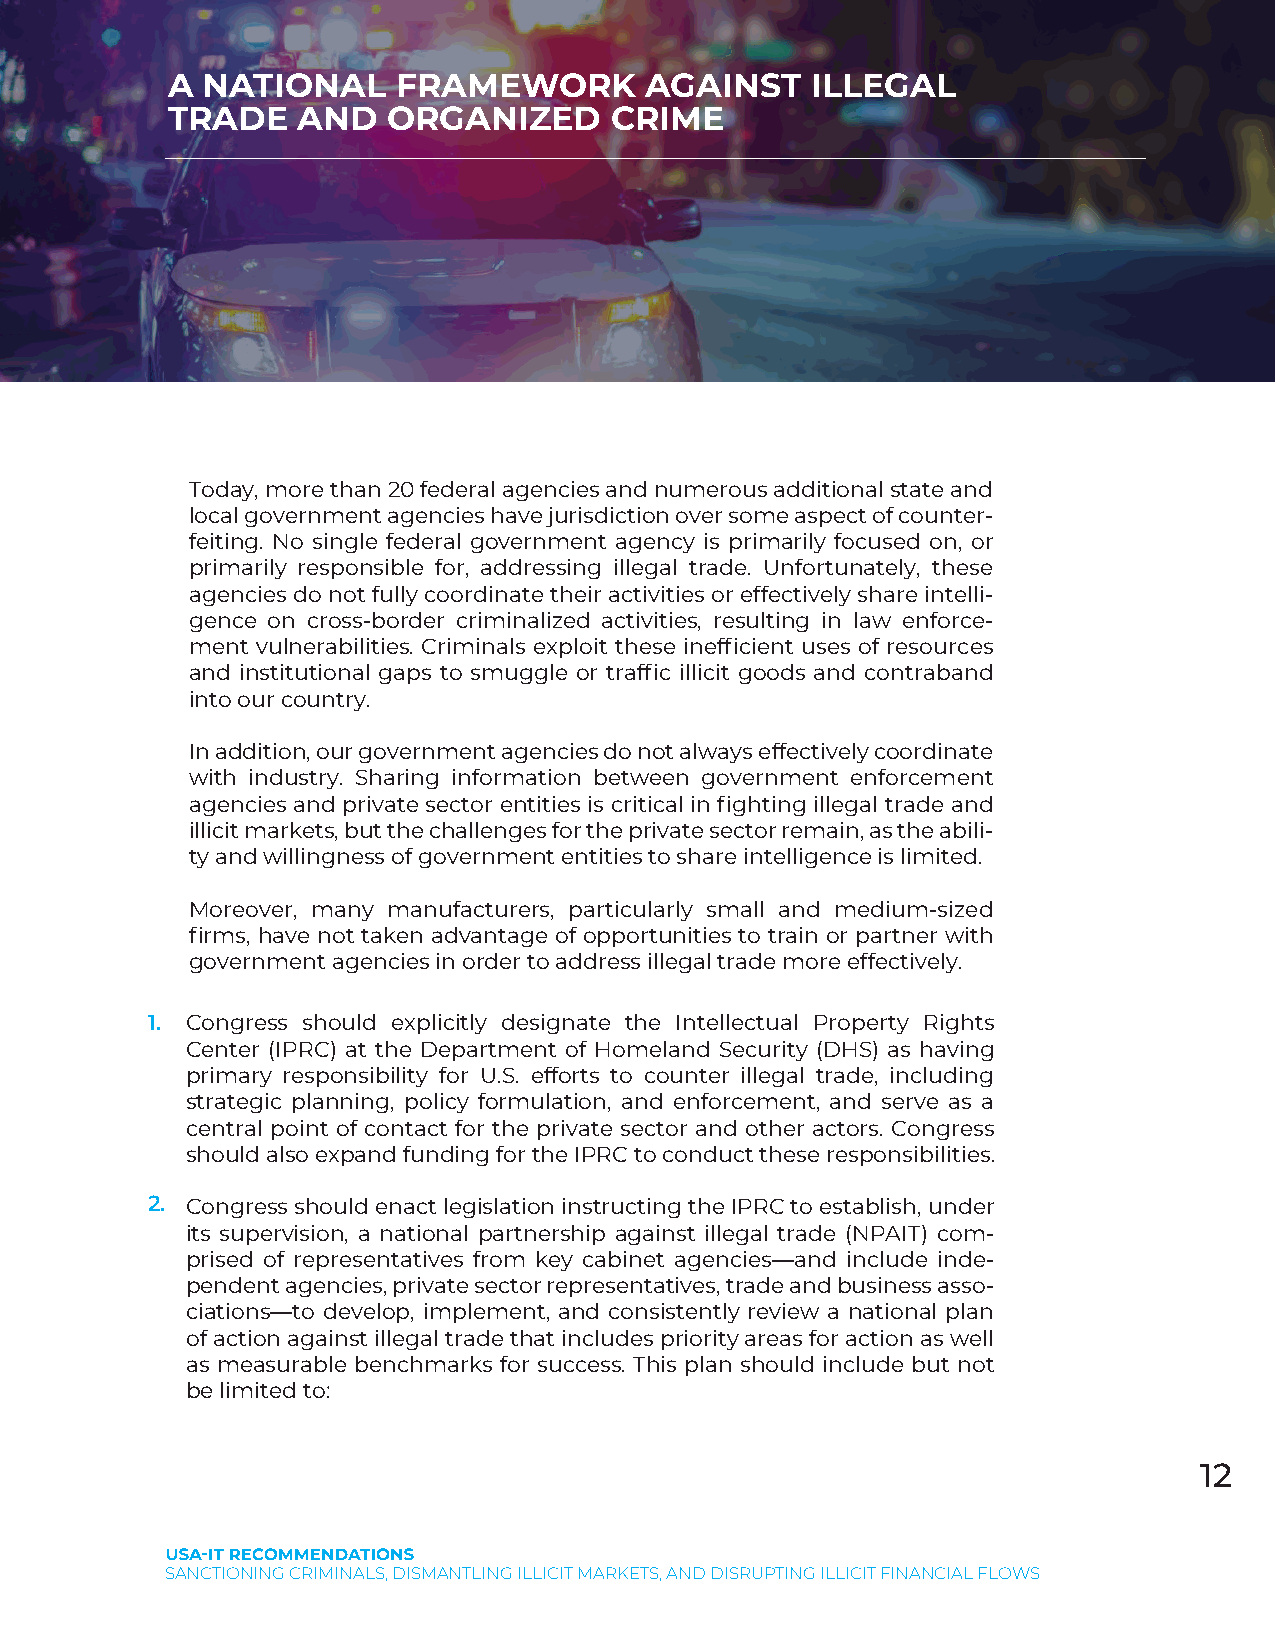
A NATIONAL     FRAMEWORK        AGAINST    ILLEGAL
 TRADE    AND   ORGANIZED     CRIME
 Today, more than 20 federal agencies and numerous additional state and
 local government agencies have jurisdiction over some aspect of counter-
 feiting. No single federal government agency is primarily focused on, or
 primarily responsible for, addressing illegal trade. Unfortunately, these
 agencies do not fully coordinate their activities or effectively share intelli-
 gence on cross-border criminalized activities, resulting in law enforce-
 ment vulnerabilities. Criminals exploit these inefficient uses of resources
 and institutional gaps to smuggle or traffic illicit goods and contraband
 into our country.
 In addition, our government agencies do not always effectively coordinate
 with industry. Sharing information between government enforcement
 agencies and private sector entities is critical in fighting illegal trade and
 illicit markets, but the challenges for the private sector remain, as the abili-
 ty and willingness of government entities to share intelligence is limited.
 Moreover, many manufacturers, particularly small and medium-sized
 firms, have not taken advantage of opportunities to train or partner with
 government agencies in order to address illegal trade more effectively.
 1. Congress should explicitly designate the Intellectual Property Rights
 Center (IPRC) at the Department of Homeland Security (DHS) as having
 primary responsibility for U.S. efforts to counter illegal trade, including
 strategic planning, policy formulation, and enforcement, and serve as a
 central point of contact for the private sector and other actors. Congress
 should also expand funding for the IPRC to conduct these responsibilities.
 2. Congress should enact legislation instructing the IPRC to establish, under
 its supervision, a national partnership against illegal trade (NPAIT) com-
 prised of representatives from key cabinet agencies—and include inde-
 pendent agencies, private sector representatives, trade and business asso-
 ciations—to develop, implement, and consistently review a national plan
 of action against illegal trade that includes priority areas for action as well
 as measurable benchmarks for success. This plan should include but not
 be limited to:
 12
 SANCTIONING CRIMINALS, DISMANTLING ILLICIT MARKETS, AND DISRUPTING ILLICIT FINANCIAL FLOWS